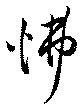
怫